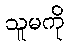
သူမကို